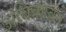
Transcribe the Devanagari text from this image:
अंबिकाबन